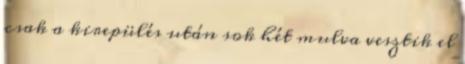
csak a kirepülés után sok hét mulva vesztik el